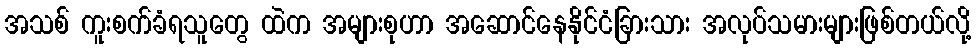
အသစ် ကူးစက်ခံရသူတွေ ထဲက အများစုဟာ အဆောင်နေနိုင်ငံခြားသား အလုပ်သမားများဖြစ်တယ်လို့